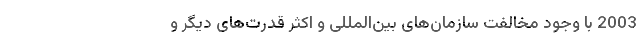
2003 با وجود مخالفت سازمان­های بین­المللی و اکثر قدرت­های دیگر و